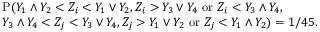
\begin{array} { r l } & { { \mathrm P } ( Y _ { 1 } \wedge Y _ { 2 } < Z _ { i } < Y _ { 1 } \vee Y _ { 2 } , Z _ { i } > Y _ { 3 } \vee Y _ { 4 } ~ \mathrm { o r } ~ Z _ { i } < Y _ { 3 } \wedge Y _ { 4 } , } \\ & { Y _ { 3 } \wedge Y _ { 4 } < Z _ { j } < Y _ { 3 } \vee Y _ { 4 } , Z _ { j } > Y _ { 1 } \vee Y _ { 2 } ~ \mathrm { o r } ~ Z _ { j } < Y _ { 1 } \wedge Y _ { 2 } ) = 1 / 4 5 . } \end{array}